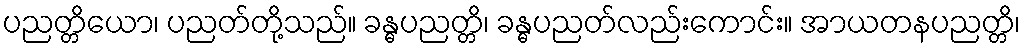
ပညတ္တိယော၊ ပညတ်တို့သည်။ ခန္ဓပညတ္တိ၊ ခန္ဓပညတ်လည်းကောင်း။ အာယတနပညတ္တိ၊